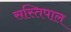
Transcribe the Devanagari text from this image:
सस्तिपाल